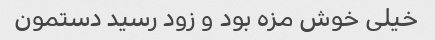
خیلی خوش مزه بود و زود رسید دستمون